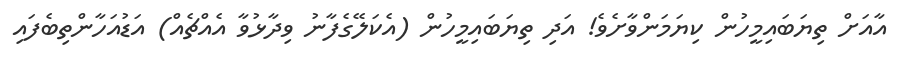
އާއަށް ތިޔަބައިމީހުން ކިޔަމަންވާށެވެ! އަދި ތިޔަބައިމީހުން (އެކަލޭގެފާނު ވިދާޅުވާ އެއްޗެއް) އަޑުއަހާންތިބެފައި